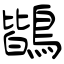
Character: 鶛